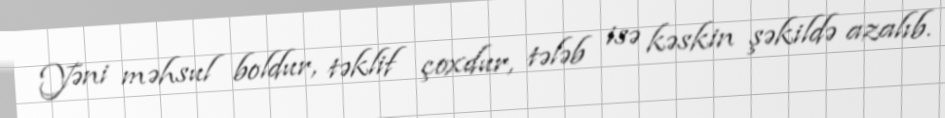
Yəni məhsul boldur, təklif çoxdur, tələb isə kəskin şəkildə azalıb.